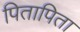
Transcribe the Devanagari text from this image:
पितापिता